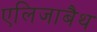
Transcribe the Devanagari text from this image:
एलिजाबैथ